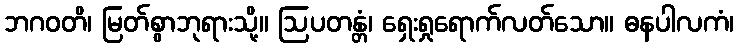
ဘဂဝတိ၊ မြတ်စွာဘုရားသို့။ ဩပတန္တံ၊ ရှေးရှုရောက်လတ်သော။ ဓနပါလကံ၊